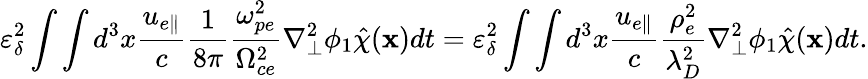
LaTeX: \varepsilon_{\delta}^{2}\int\int d^{3}x\frac{u_{e\parallel}}{c}\frac{1}{8\pi}\frac{\omega_{pe}^{2}}{\Omega_{ce}^{2}}\nabla_{\perp}^{2}\phi_{1}\hat{\chi}(\textbf{x})dt=\varepsilon_{\delta}^{2}\int\int d^{3}x\frac{u_{e\parallel}}{c}\frac{\rho_{e}^{2}}{\lambda_{D}^{2}}\nabla_{\perp}^{2}\phi_{1}\hat{\chi}(\textbf{x})dt.